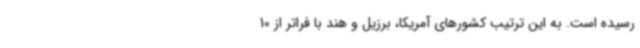
رسیده است. به این ترتیب کشورهای آمریکا، برزیل و هند با فراتر از 10